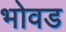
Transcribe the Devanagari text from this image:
भोवड